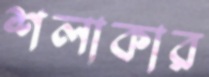
শলাকার